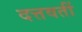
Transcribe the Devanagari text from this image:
दत्तवतीं